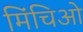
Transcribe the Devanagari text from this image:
मिंचिओ